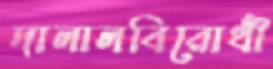
দালালবিরোধী